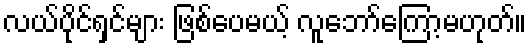
လယ်ပိုင်ရှင်များ ဖြစ်ပေမယ့် လူဘော်ကြော့မဟုတ်။